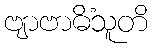
ဗျာဗာဓိံသူတိ